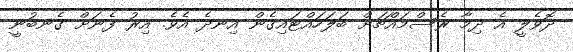
ދޮވެލީ އެ ދިމާ ރެސްމައްޗަށް ބަލަހައްޓައިގެން އިނދެ އެވެ. އިރު ފެނަށް ގެނބުނީ